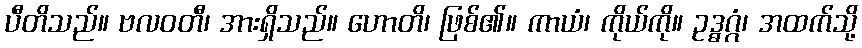
ပီတိသည်။ ဗလဝတီ၊ အားရှိသည်။ ဟောတိ၊ ဖြစ်၏။ ကာယံ၊ ကိုယ်ကို။ ဥဒ္ဓဂ္ဂံ၊ အထက်သို့